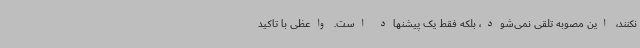
نکنند، این مصوبه تلقی نمی‌شود، بلکه فقط یک پیشنهاد است. واعظی با تاکید